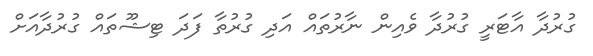
ގުރުދާ އާޓަރީ ގުރުދާ ވެއިން ނާރުތައް އަދި ގުރުތާ ފަދަ ޓިޝޫތައް ގުރުދާއަށް